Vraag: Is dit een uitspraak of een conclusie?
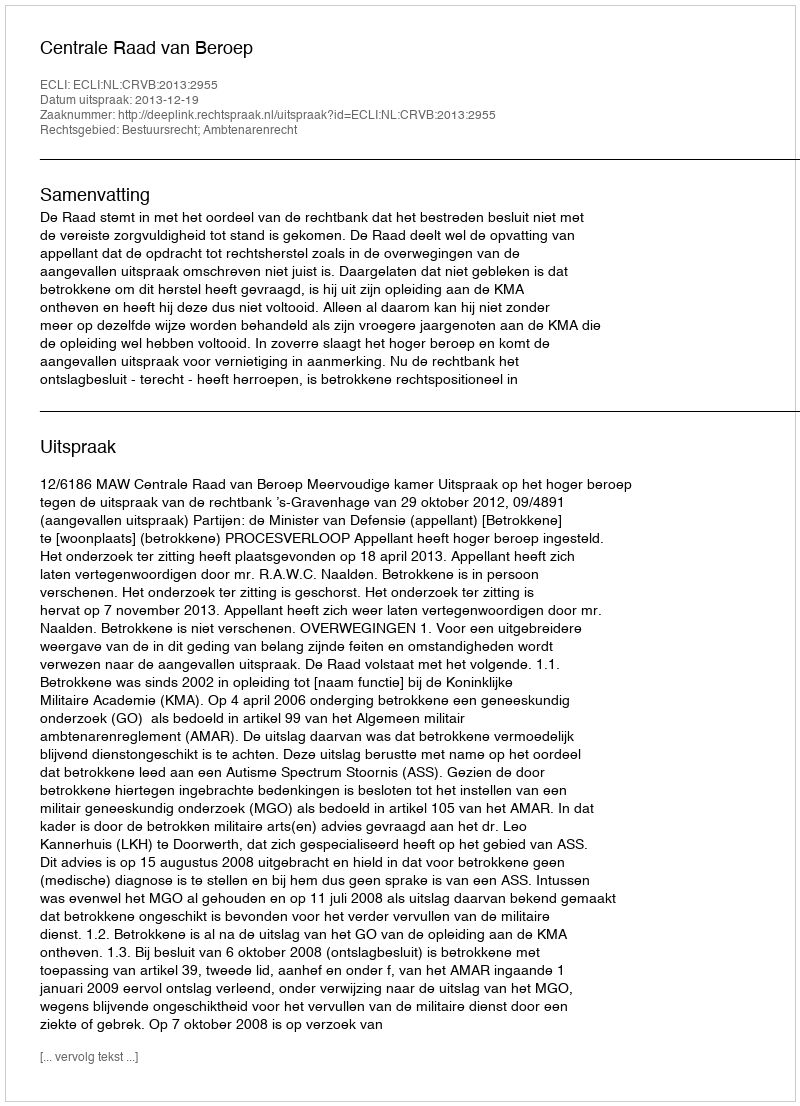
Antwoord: Uitspraak